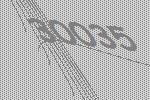
30035